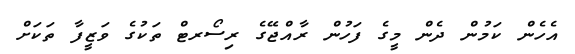
އެހެން ކަމުން ދެން މީގެ ފަހުން ރާއްޖޭގެ ރިސޯރޓް ތަކުގެ ވަޒީފާ ތަކަށް